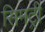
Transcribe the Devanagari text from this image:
सिमट्री